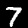
Digit: 7